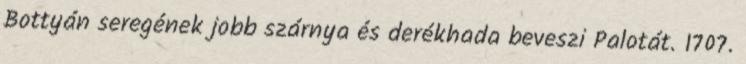
Bottyán seregének jobb szárnya és derékhada beveszi Palotát. 1707.